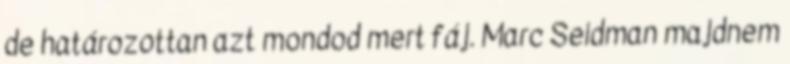
de határozottan azt mondod mert fáj. Marc Seidman majdnem